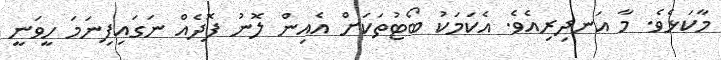
މާކަޅެވެ. މާ އަނދިރިއެވެ. އެކަމަކު ބޯޓުތަކަށް އެއިން ލޮނު ފޮދެއް ނަގައިފިނަމަ ހީވަނީ